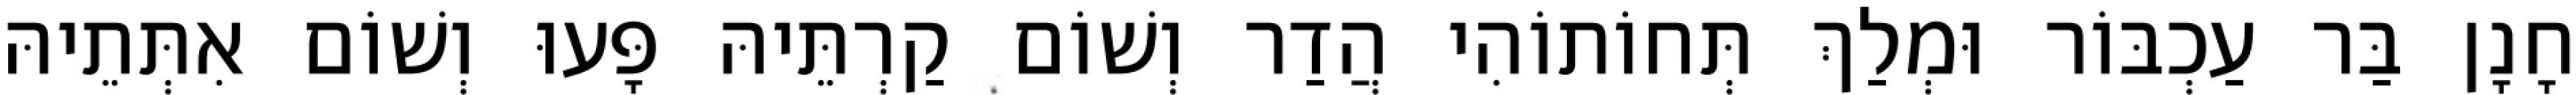
חָנָן בַּר עַכְבּוֹר וּמְלַךְ תְּחוֹתוֹהִי הֲדַר וְשׁוֹם קַרְתֵּיהּ פָּעוּ וְשׁוֹם אִתְּתֵיהּ